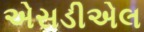
એસડીએલ